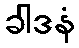
ခါဒနံ